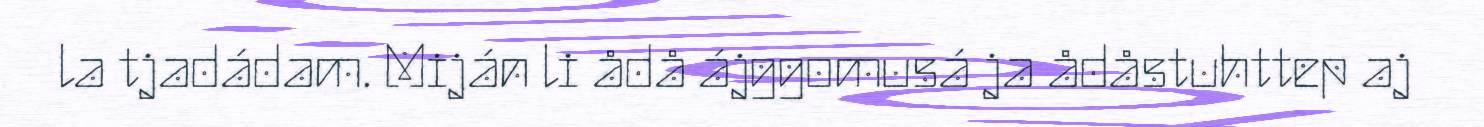
la tjadádam. Miján li ådå ájggomusá ja ådåstuhttep aj